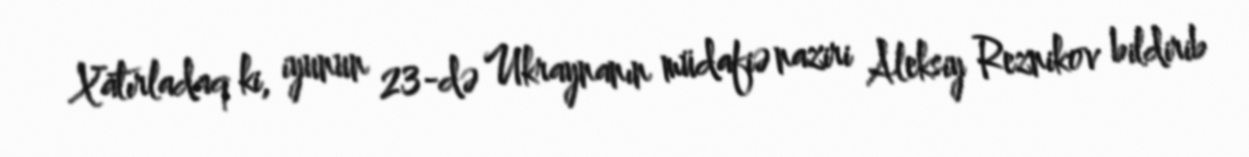
Xatırladaq ki, iyunun 23-də Ukraynanın müdafiə naziri Aleksiy Reznikov bildirib